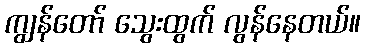
ကျွန်တော် သွေးထွက် လွန်နေတယ်။